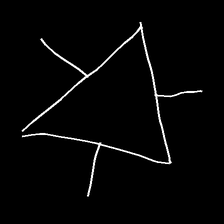
Glyph: fire